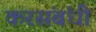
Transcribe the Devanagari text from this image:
करसंबंधी